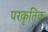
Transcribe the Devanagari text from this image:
परकृतिक